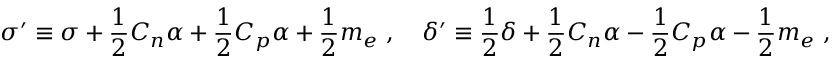
\sigma ^ { \prime } \equiv \sigma + { \frac { 1 } { 2 } } C _ { n } \alpha + { \frac { 1 } { 2 } } C _ { p } \alpha + { \frac { 1 } { 2 } } m _ { e } \ , \quad \delta ^ { \prime } \equiv { \frac { 1 } { 2 } } \delta + { \frac { 1 } { 2 } } C _ { n } \alpha - { \frac { 1 } { 2 } } C _ { p } \alpha - { \frac { 1 } { 2 } } m _ { e } \ ,